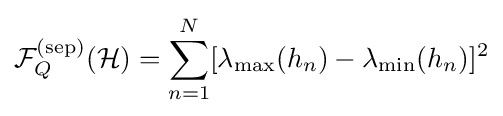
{\mathcal {F}}_{Q}^{({\rm {sep}})}({\mathcal {H}})=\sum _{n=1}^{N}[\lambda _{\max }(h_{n})-\lambda _{\min }(h_{n})]^{2}